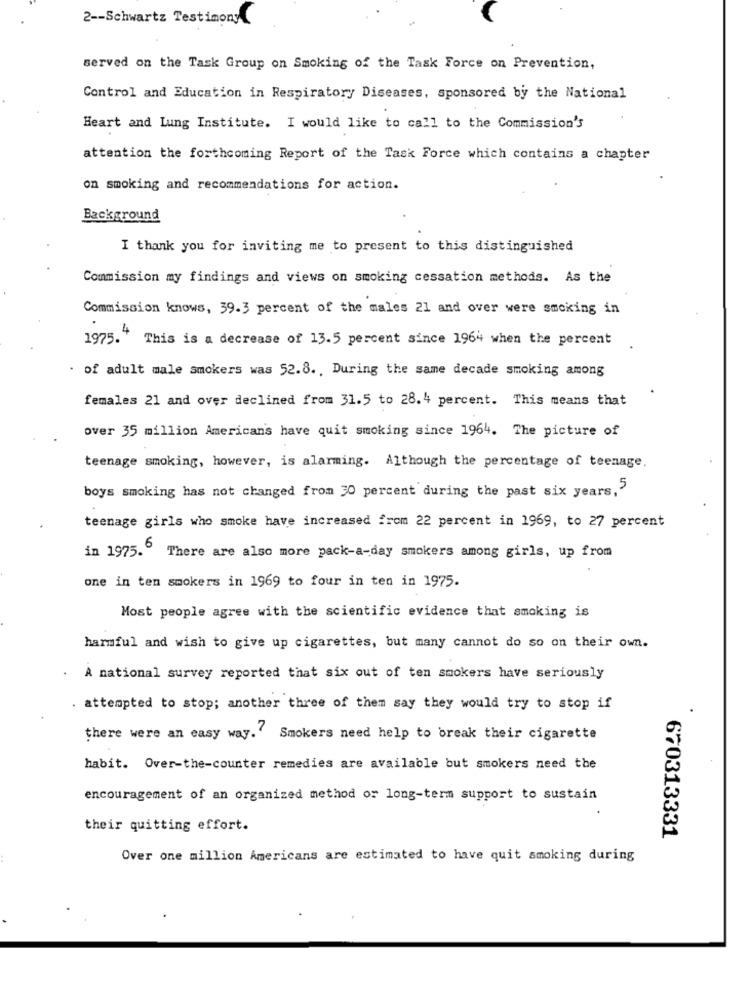
2 -- Schwartz Testimony
served on the Task Group on Smoking of the Task Force on Prevention,
Control and Education in Respiratory Diseases, sponsored by the National
Heart and Lung Institute. I would like to call to the Commission's
attention the forthcoming Report of the Task Force which contains a chapter
on smoking and recommendations for action.
Background
I thank you for inviting me to present to this distinguished
Commission my findings and views on smoking cessation methods. As the
Commission knows, 39.3 percent of the males 21 and over were sacking in
1975." This is a decrease of 13.5 percent since 1964 when the percent
. of adult male smokers was 52.8. , During the same decade smoking among
females 21 and over declined from 31.5 to 28.4 percent. This means that
over 35 million Americans have quit smoking since 1964. The picture of
teenage smoking, however, is alarming. Although the percentage of teenage.
boys smoking has not changed from 30 percent during the past six years,'
teenage girls who smoke have increased from 22 percent in 1969, to 27 percent
in 1975.6
There are also more pack-a-day smokers among girls, up from
one in ten smokers in 1969 to four in ten in 1975.
Most people agree with the scientific evidence that smoking is
harmful and wish to give up cigarettes, but many cannot do so on their own.
A national survey reported that six out of ten smokers have seriously
attempted to stop; another three of them say they would try to stop if
there were an easy way .?
Smokers need help to break their cigarette
habit. Over-the-counter remedies are available but smokers need the
encouragement of an organized method or long-term support to sustain
their quitting effort.
670313331
Over one million Americans are estimated to have quit smoking during